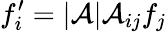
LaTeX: f_{i}^{\prime}=|{\cal{A}}|{\cal{A}}_{ij}f_{j}